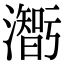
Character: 𤂥